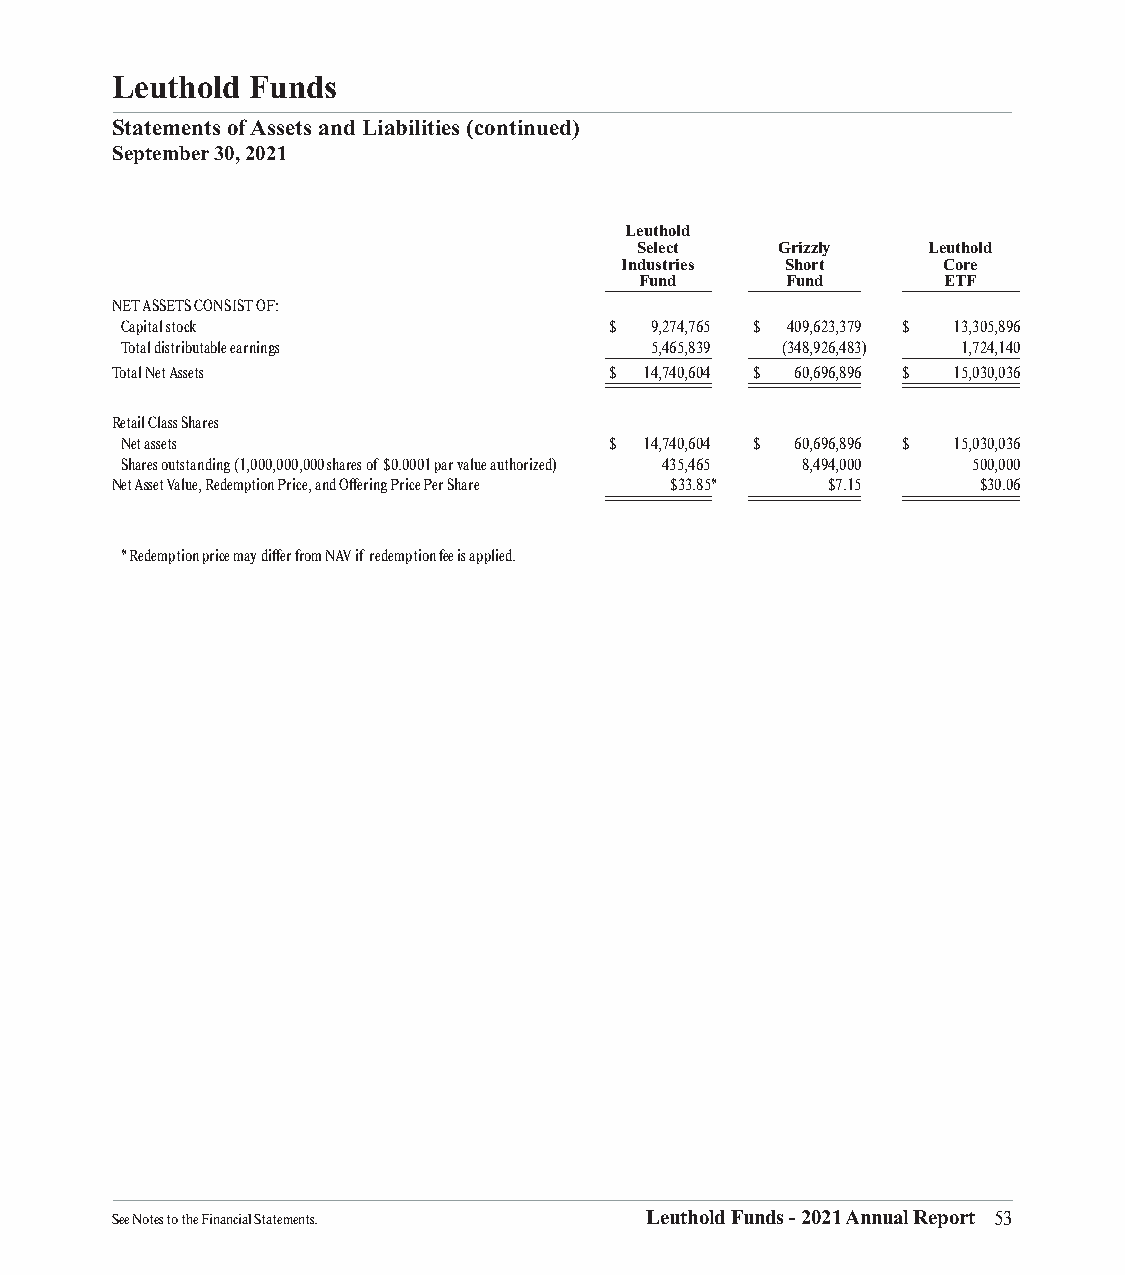
Leuthold Funds
 Statements of Assets and Liabilities (continued)
 September 30, 2021
 Leuthold
 Select    Grizzly  Leuthold
 Industries Short     Core
 Fund      Fund      ETF
 ___________________ ___________________ ____________________ _____________________
 NET ASSETS CONSIST OF:
 Capital stock                   $  9,274,765 $ 409,623,379 $ 13,305,896
 Total distributable earnings       5,465,839 (348,926,483) 1,724,140
 ___________________ ___________________ ____________________ _____________________
 Total Net Assets                 $  14,740,604 $ 60,696,896 $ 15,030,036
 ______________________________________ ______________________________________ ________________________________________ __________________________________________
 Retail Class Shares
 Net assets                      $  14,740,604 $ 60,696,896 $ 15,030,036
 Shares outstanding (1,000,000,000 shares of $0.0001 par value authorized) 435,465 8,494,000 500,000
 Net Asset Value, Redemption Price, and Offering Price Per S __h __a __r __e
 ______________________________ __ __ __ __ __ __ __ __ __ __ __ __
 $ __3 ____3 __. __8 __5 __*
 __ __ __ __ __ __ __ __ __ __ __ __ __ __ __
 $ __7 __. __1 __5
 __ __ __ __ __ __ __ __ __ __ __ __ __ __ __
 $ ____3 __0 __. __0 __6
 __
 * Redemption price may differ from NAV if redemption fee is applied.
 See Notes to the Financial Statements. Leuthold Funds - 2021 Annual Report 53